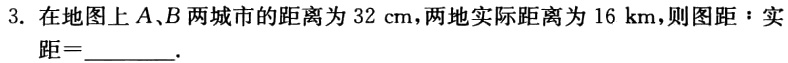
3. 在地图上\(A、B\)两城市的距离为\(32\mathrm{cm}\)，两地实际距离为\(16\mathrm{km}\)，则图距\(:\)实距\(=\underline{\quad\quad}\).